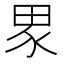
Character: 𭻊